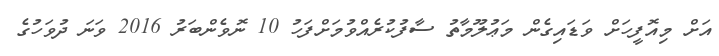
އަށް މިއޮފީހަށް ވަޑައިގެން މަޢުލޫމާތު ސާފުކުރެއްވުމަށްފަހު 10 ނޮވެންބަރު 2016 ވަނަ ދުވަހުގެ